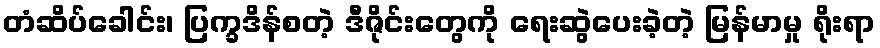
တံဆိပ်ခေါင်း၊ ပြက္ခဒိန်စတဲ့ ဒီဇိုင်းတွေကို ရေးဆွဲပေးခဲ့တဲ့ မြန်မာမှု ရိုးရာ